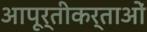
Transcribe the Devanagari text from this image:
आपूर्तीकर्ताओं